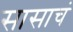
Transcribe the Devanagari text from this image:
सासाचं